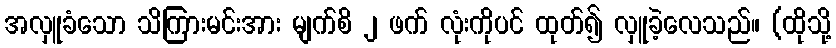
အလှူခံသော သိကြားမင်းအား မျက်စိ ၂ ဖက် လုံးကိုပင် ထုတ်၍ လှူခဲ့လေသည်။ (ထိုသို့